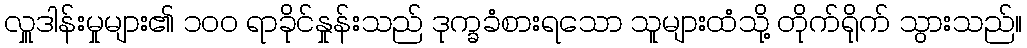
လှူဒါန်းမှုများ၏ ၁၀၀ ရာခိုင်နှုန်းသည် ဒုက္ခခံစားရသော သူများထံသို့ တိုက်ရိုက် သွားသည်။